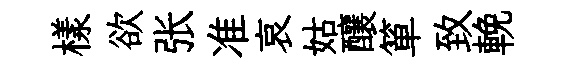
樣欲张准哀姑釀箪致輓